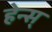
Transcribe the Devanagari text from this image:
हेन्स्